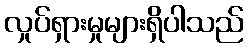
လှုပ်ရှားမှုများရှိပါသည်